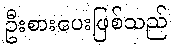
ဦးစားပေးဖြစ်သည်